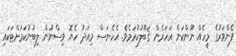
ފެންވަރުގެ މީހެއް ނޫންކަން އަހަރެން ޤަބޫލުކުރަމެވެ. އެހެނަސް މިއަދު ހެޔޮ ވިސްނުން ލިބުނުކަމަށްޓަކައި